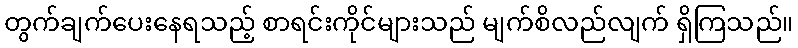
တွက်ချက်ပေးနေရသည့် စာရင်းကိုင်များသည် မျက်စိလည်လျက် ရှိကြသည်။